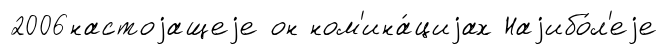
2006настоjащеjе он ном'ина́циjах Наjибо́л'еjе